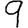
Digit: 9